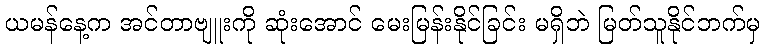
ယမန်နေ့က အင်တာဗျူးကို ဆုံးအောင် မေးမြန်းနိုင်ခြင်း မရှိဘဲ မြတ်သူနိုင်ဘက်မှ